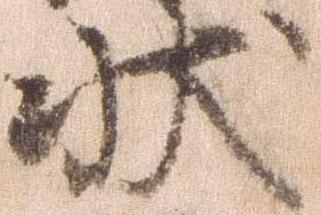
条